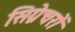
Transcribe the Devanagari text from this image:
सिग्नेचरों